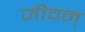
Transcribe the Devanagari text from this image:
जीवन्